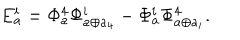
E _ { a } ^ { i } = \Phi _ { a } ^ { 4 } \Phi _ { a \oplus a _ { 4 } } ^ { i } - \Phi _ { a } ^ { i } \Phi _ { a \oplus a _ { i } } ^ { 4 } .